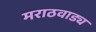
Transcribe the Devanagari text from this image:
मराठवाड्य